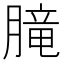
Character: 𪱨